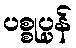
ပစ္စုပ္ပန်